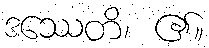
ဒဿေတိ၊ ၏။